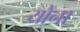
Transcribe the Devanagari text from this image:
योना